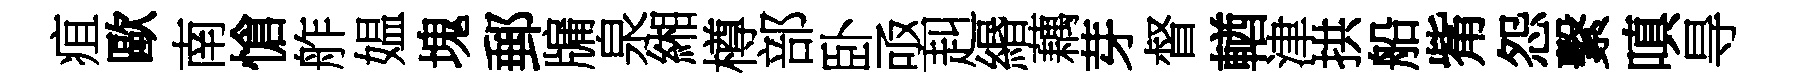
疽歐南愴舴媪塊郵牖泉緗樽部卧亟赳緡藕芽督輶津拱船觜怨繫嗔㝵